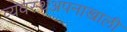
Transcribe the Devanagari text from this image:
व्यवस्थअपनाखाली